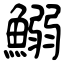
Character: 鰯